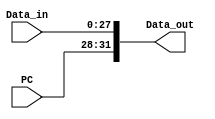
`timescale 1ns / 1ps
//////////////////////////////////////////////////////////////////////////////////
// Company: 
// Engineer: 
// 
// Design Name: 
// Module Name:    Concat 
// Project Name: 
// Target Devices: 
// Tool versions: 
// Description: 
//
// Dependencies: 
//
// Revision: 
// Revision 0.01 - File Created
// Additional Comments: 
//
//////////////////////////////////////////////////////////////////////////////////
module Concat(
PC,Data_in,Data_out
    );

input[3:0] PC;
input[27:0] Data_in;
output[31:0] Data_out;

assign Data_out[31:28] = PC;
assign Data_out[27:0] = Data_in[27:0];

endmodule